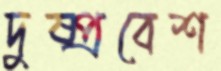
দুষ্প্রবেশ